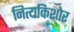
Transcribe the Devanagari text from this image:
नित्यकिशोर